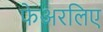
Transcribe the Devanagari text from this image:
फेअरलिए